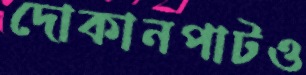
দোকানপাটও